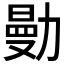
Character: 𠢝